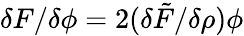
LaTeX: {\delta F}/{\delta\phi}=2({\delta\tilde{F}}/{\delta\rho})\phi